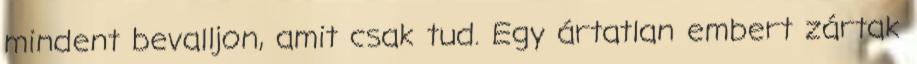
mindent bevalljon, amit csak tud. Egy ártatlan embert zártak